Indian journal of veterinary science and animal husbandry - Volume 12,
Year: 1942
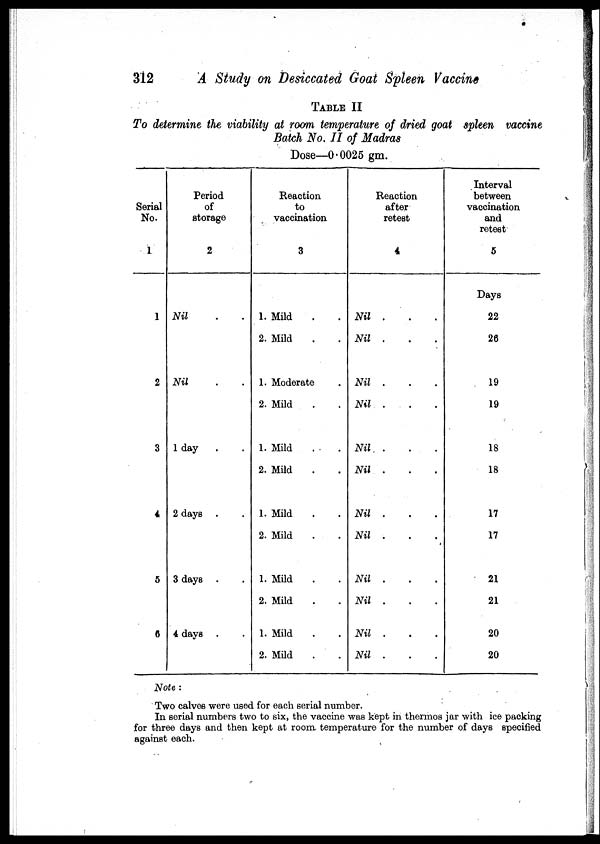
312
A Study on Desiccated Goat Spleen Vaccine
TABLE II
To determine the viability at room temperature of dried goat spleen vaccine
Batch No. II of Madras
Dose—0.0025 gm.
Serial
No.
1
1
2
3
4
5
6
Period
of
storage
2
Nil . .
Nil . .
1 day . .
2 days
3 days
4 days
Reaction
to
vaccination
3
1. Mild . .
2. Mild . .
1. Moderate .
2. Mild . .
1. Mild . .
2. Mild . .
1. Mild . .
2. Mild . .
1. Mild . .
2. Mild . .
1. Mild . .
2. Mild . .
Reaction
after
retest
4
Nil . . .
Nil . . .
Nil . . .
Nil. . . .
Nil . . .
Nil . . .
Nil . . .
Nil . . .
Nil . . .
Nil . . .
Nil . . .
Nil . . .
Interval
between
vaccination
and
retest
5
Days
22
26
19
19
18
18
17
17
21
21
20
20
Note:
Two calves were used for each serial number.
In serial numbers two to six, the vaccine was kept in thermos jar with ice packing
for three days and then kept at room temperature for the number of days specified
against each.